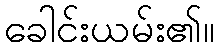
ခေါင်းယမ်း၏။